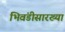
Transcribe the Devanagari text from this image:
भिवंडीसारख्या